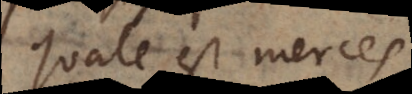
quale est merces.